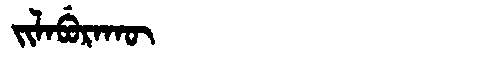
Manchu: ᠵᡳᠯᠠᠪᡠᡵᠠᡴᡡ
Romanization: JILABURAKŪ